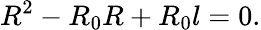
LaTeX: R^{2}-R_{0}R+R_{0}l=0.